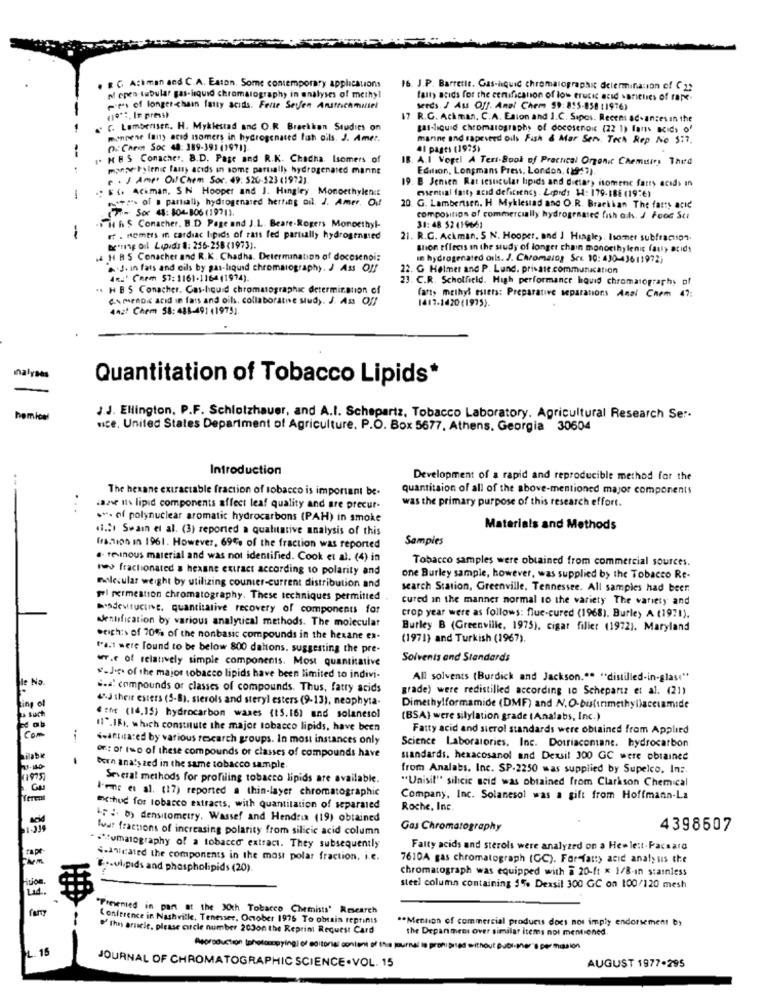
. RC Ackman and C.A. Eaton. Some contemporary applications
16. J.P. Barrette. Gas-isquic chromatographic determination of C 22
n open-tubular gas-liquid chromatography in analyses of methyl
fatty acids for the cenification of low trucic acid varieties of fare.
-ts of longerchain fatty acids. Fene Seyfen Anstrichmuiel
seeds. / Ass Off. Anal Chem 59: 815-858 :1976)
(1913, In press)
17 R.G. Ackman. C.A. Esion and ].C. Sipos. Recens ad-ances in the
& C Lamberset. H. Myklestad anc O.R Brackban Studies on
Bas-liquid chromatography of docosenoix (22 1) fans acids of
montene (any acid asomers in hydrogenated fish oils. J. Amer.
manne and rapeseed oils Fish & Mer Sen, Toch Rep No $:7.
--
D: Cher Soc 08: 389-391 (1971).
41 pages (1975)
I. HBS Conacher. B.D. Page and R.K. Chacha. Isomers of
IB. A.I Vogel A Teri-Book of Practical Organic Chemuir Third
mange Fyltnic fany acids in some partially hydrogenated minne
Edition, Longmans Press, London, (194 7).
e . J Ampr Oul Chem Sor. 49: 520-523 (1972).
19. B Jenien Rat sesucular lipids and dietary isomenc fatty acids in
.. ${ Aciman, SN Hooper and J. Hingley Monoethylene
essential fatty acid deficiency . Lipids 14: 179-188 (196)
-
.++""> of a partially hydrogenated herting oil. J. Amer. Ouf
Sor 44: 804-806(1971).
20. G. Lambertsen. H Myklestad and O.R. Braekkan The fatty acid
1 6 $ Conacher. B.D Page and J.L. Beare-Rogers Monoethyl-
composition of commercially hydrogenated fish och. / Food Sti
31: 48 52 (1966)
rf . nemers in cardiac lipids of rats fed partially hydrogenated
21. R.G. Ackman. S N. Hooper, and J Hingle). Isomer subfraction.
be'ring oil Lipids 8: 256-258 (1973).
shion effects in the study of longer chain monocihy lenic fatty acids
& H BS Conacher and R.K. Chadha. Determination of docesenoi;
le hydrogenated oils. J. Chromalos Ser. 10: 430-43611972)
J. in fats and cils by gas-liquid chromatography. J Ass O !!
. G Helmer and P. Lund. private.communication
AR2' Carm $7: 1161-1164(1974).
C.R. Scholfield. High performance hqvid chromatography of
.. H BS Conacher. Gas-houd chromatographic determination of
fart, methyl esters: Preparative separations Anal Chem 47;
Cs menos acid in fars and oils, collaborative study. J. As Of
442t Chem 58: 488-491 (1975).
nalyses
Quantitation of Tobacco Lipids*
homice
J.J. Ellington, P.F. Schlotzhauer, and A.I. Schepartz, Tobacco Laboratory. Agricultural Research Ser-
Nice, United States Department of Agriculture. P.O. Box 5677, Athens, Georgia 30604
Introduction
Development of a rapid and reproducible method for the
The hexane extractable fraction of tobacco is important be.
quantitaion of all of the above-mentioned major components
was the primary purpose of this research effort.
...
case it lipid components affect leaf quality and are precur-
."- of polynuclear aromatic hydrocarbons (PAH) in smoke
«i .: ) Swain et al. (3) reported a qualitative analysis of this
Materials and Methods
Samples
fraction in 1961. However, 69% of the fraction was reported
.- revinous material and was not identified. Cook et al. (4) in
Tobacco samples were obtained from commercial sources.
new fractionated a hexane extract according to polarity and
one Burley sample, however, was supplied by the Tobacco Re-
molecular weight by utilizing counter-current distribution and
search Station, Greenville, Tennessee. All samples had beer
prl permeation chromatography. These techniques permitted
cured in the manner normal to the variety The variety and
Desdevrucing, quantitative recovery of components for
dentification by various analytical methods. The molecular
crop year were as follows: flue-cured (1968). Burley A (1971).
Burley B (Greenville, 1975), cigat fillet (1972). Maryland
beigh:s of 70% of the nonbasic compounds in the hexane ex-
(1971) and Turkish (1967).
t'ai were found to be below 800 daltons, suggesting the pre-
wr.e of relatively simple components. Most quantitative
Solvents and Standards
Fie Na
"-J- of the major tobacco lipids have been limited to indivi-
All solvents (Burdick and Jackson."" "distilled-in-glase"
i.d. compounds or classes of compounds. Thus, fatty acids
grade) were redistilled according to Schepartz et al. (21)
4J their esters (5-8), sterols and steryl esters (9-13), neophyta-
Dimethylformamide (DMF) and N.O-bisfirmethyl)acciamide
* : nr (14.15) hydrocarbon waxes (15.16) and solanesol
(BSA) were silylation grade (Analabs, Inc.)
11".IBI. which constitute the major tobacco lipids, have been
Fatty acid and sierol standards were obtained from Applied
com
śwattua:ed by various research groups. In most instances only
Science Laboratories. Inc. Dotriacontane. hydrocarbon
or: or two of these compounds of classes of compounds have
standards, hexacosanol and Dexsil 300 GC were obtained
bern analy zed in the same tobacco sample.
from Analabs, Inc. SP-2250 was supplied by Supelco. In :.
1975
Several methods for profiling tobacco lipids are available.
"Unisil" silcic seid was obtained from Clarkson Chemical
lene et al. (17) reported a thin-layer chromatographic
Company, Inc. Solanesol was a gift from Hoffmann-La
Ethud for tobacco extracts, with quantitation of separated
Roche, Inc.
acid
AF : b> densitometry, Wassef and Hendrix (19) obtained
Iva! fractions of increasing polarity from silicic acid column
Gas Chromatography
4398507
rape
" """umalography of a tobacco extract. They subsequently
Fatty acids and sterols were analyzed on a Hewlett-Pacsara
$-aHeated the components in the most polar fraction, i.e.
7610A gas chromatograph (GC). Forfatty acid analysis the
E ... vi.pids and phospholipids (20).
chromatograph was equipped with @ 20-ft x 1/8-in stainless
steel column containing 5% Dexsil 300 GC on 100/120 mesh
"Presented in part at the JOth Tobacco Chemists' Research
Conference in Nashville, Tenesser, October 1976 To obtain reprints
** Mention of commercial products does not imply endorsement by
this arisele, please circle number 200on the Reprint Request Card
the Depanmeni over similar Items not mentioned.
L. 15
Approduction (photoungying) of editorial content of this journal Is prohibited without Jbl-per" per mision
JOURNAL OF CHROMATOGRAPHIC SCIENCE. VOL. 15
AUGUST 1977.295